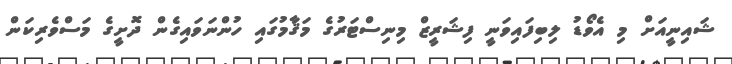
ޝައިނީއަށް މި އެވޯޑު ލިބިފައިވަނީ ފިޝަރީޒް މިނިސްޓަރުގެ މަޤާމުގައި ހުންނަވައިގެން ދޮށީގެ މަސްވެރިކަން